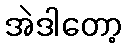
အဲဒါတော့